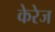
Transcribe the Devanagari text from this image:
केरेज